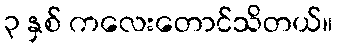
၃ နှစ် ကလေးတောင်သိတယ်။